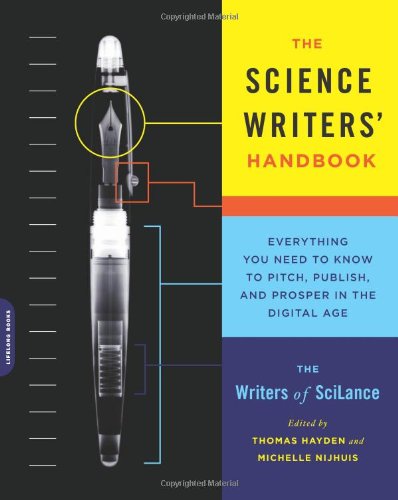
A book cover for The Science Writers' Handbook: Everything You Need to Know to Pitch, Publish, and Prosper in the Digital Age; Writers of SciLance; Science & Math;